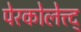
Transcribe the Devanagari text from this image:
पेरकोलेत्त्द्